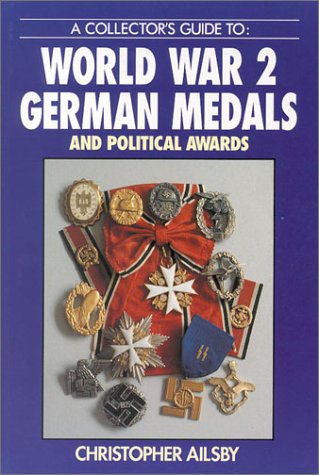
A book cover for A Collector's Guide to: World War 2 German Medals and Political Awards; Christopher Ailsby; Crafts, Hobbies & Home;